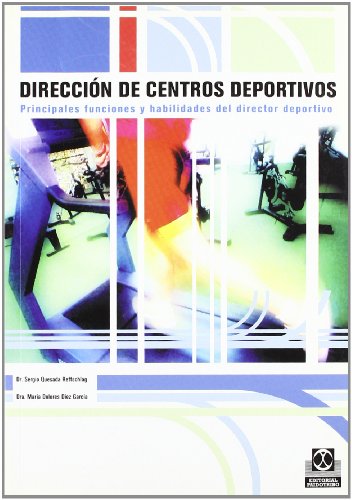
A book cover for Direccion de Centros Deportivos / Direction of Sports Centers (Spanish Edition); Francisco Lagardera; Sports & Outdoors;